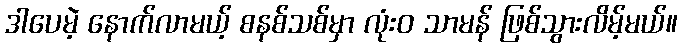
ဒါပေမဲ့ နောက်လာမယ့် စနစ်သစ်မှာ လုံးဝ သာမန် ဖြစ်သွားလိမ့်မယ်။